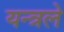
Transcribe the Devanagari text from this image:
यन्त्रले